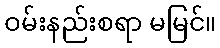
ဝမ်းနည်းစရာ မမြင်။